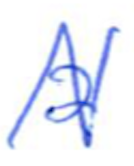
Text: a
Cross-out: mix
Writing tool: ballpoint